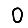
Digit: 0